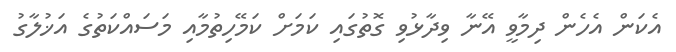
އެކަން އެހެން ދިމާވީ އޭނާ ވިދާޅުވި ގޮތުގައި ކަމަށް ކަމޭހިތުމާއި މަަސައްކަތުގެ އަޚުލާގު